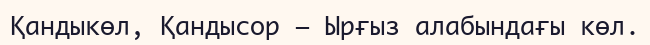
Қандыкөл, Қандысор – Ырғыз алабындағы көл.